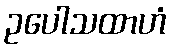
ဥပေါသထာဟံ